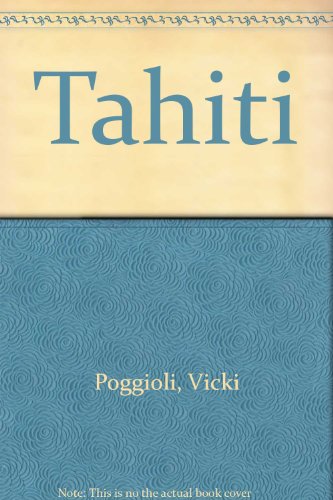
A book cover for Tahiti; Vicki Poggioli; Travel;